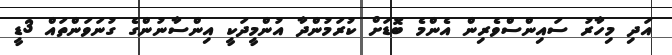
އަދި މިހާރު ސައިންސްވެރިން އެންމެ ބޮޑަށް ކުރަމުންދާ އުންމީދަކީ އިންސާނުންގެ ގުނަވަންތައް 3ޑީ